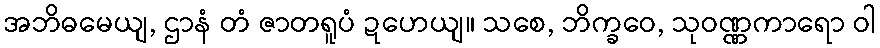
အဘိဓမေယျ, ဌာနံ တံ ဇာတရူပံ ဍဟေယျ။ သစေ, ဘိက္ခဝေ, သုဝဏ္ဏကာရော ဝါ